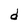
Character: d